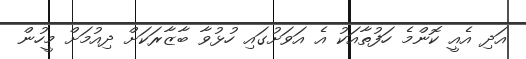
އަދި އެއީ ކޮންމެ ހަފުތާއަކު އެ އަވަށުގައި ހުޅުވާ ބާޒާރަކަށް ދިއުމަށް މީހުން